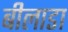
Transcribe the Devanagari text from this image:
बीलाडा